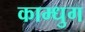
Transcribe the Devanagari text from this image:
काम्धुग